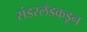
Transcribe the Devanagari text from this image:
संडरलँडकडून